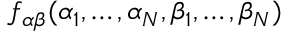
f _ { \boldsymbol { \alpha \beta } } ( \alpha _ { 1 } , \dots , \alpha _ { N } , \beta _ { 1 } , \dots , \beta _ { N } )